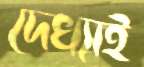
দেখ্যাই